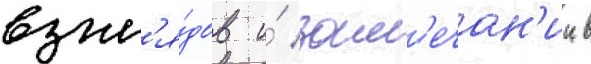
взгл'я́дов и́ зам'ечан'ии в